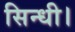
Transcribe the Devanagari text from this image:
सिन्धी।